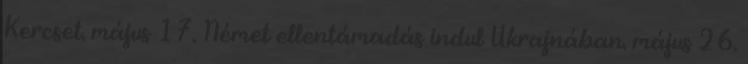
Kercset. május 17. Német ellentámadás indul Ukrajnában. május 26.